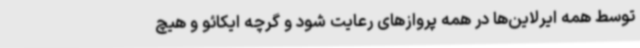
توسط همه ایرلاین‌ها در همه پروازهای رعایت شود و گرچه ایکائو و هیچ